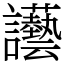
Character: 讛